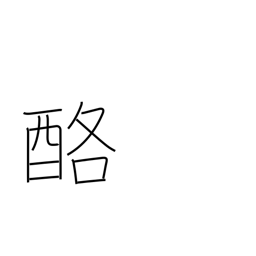
Meaning: dairy products